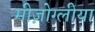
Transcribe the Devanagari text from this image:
मीज़ोग्लीया